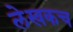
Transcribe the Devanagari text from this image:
लेखकच